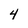
Character: 4